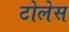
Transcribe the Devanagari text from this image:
टोलेस